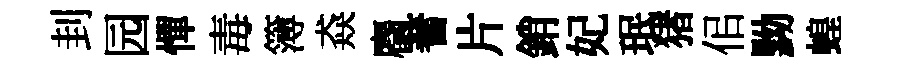
刲园憚毒簿猋麕蓍片銷妃珉猪佀黝蝗